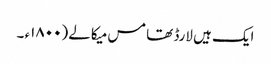
ایک ہیں لارڈ تھامس میکالے (۱۸٠٠ء ۔